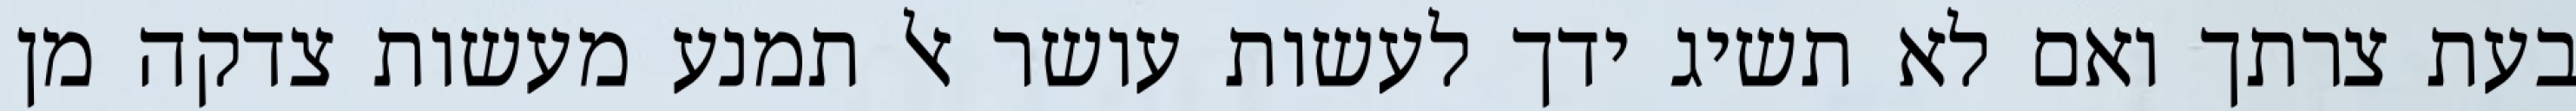
בעת צרתך ואם לא תשיג ידך לעשות עושר אל תמנע מעשות צדקה מן